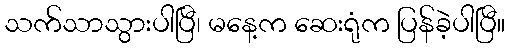
သက်သာသွားပါပြီ၊ မနေ့က ဆေးရုံက ပြန်ခဲ့ပါပြီ။